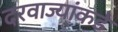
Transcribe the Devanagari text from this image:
दरवाज्यांकडे